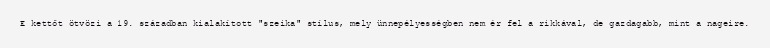
E kettőt ötvözi a 19. században kialakított "szeika" stílus, mely ünnepélyességben nem ér fel a rikkával, de gazdagabb, mint a nageire.